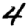
Digit: 4